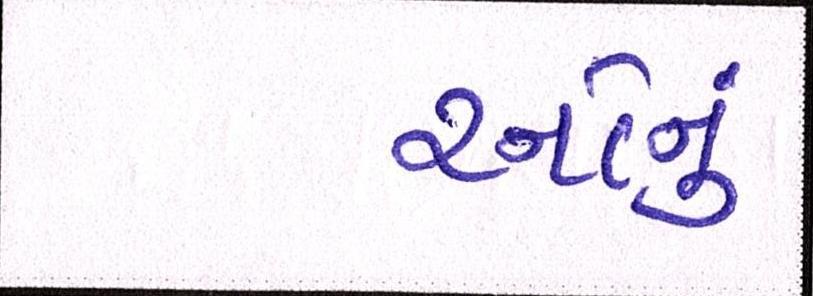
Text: રનોનું